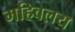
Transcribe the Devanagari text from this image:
महिवलय